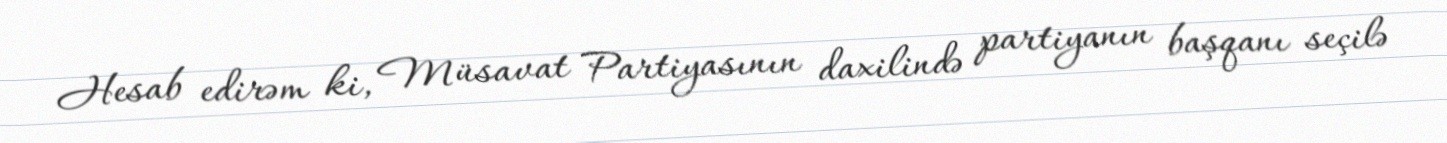
Hesab edirəm ki, Müsavat Partiyasının daxilində partiyanın başqanı seçilə